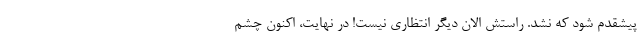
پیشقدم شود که نشد. راستش الان دیگر انتظاری نیست! در نهایت، اکنون چشم